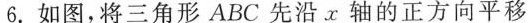
6.如图，将三角形ABC先沿x轴的正方向平移